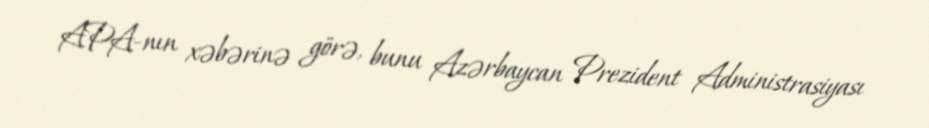
APA-nın xəbərinə görə, bunu Azərbaycan Prezident Administrasiyası